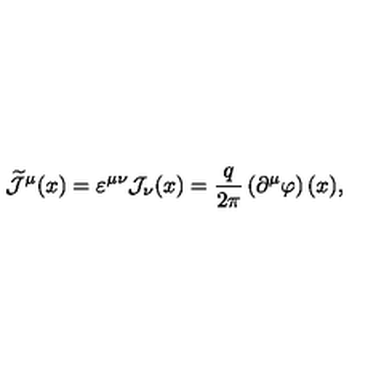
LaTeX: \widetilde { { \mathcal J } } ^ { \mu } ( x ) = \varepsilon ^ { \mu \nu } { \mathcal J } _ { \nu } ( x ) = \frac { q } { 2 \pi } \left( \partial ^ { \mu } \varphi \right) ( x ) ,